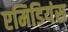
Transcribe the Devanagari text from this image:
एमिडियंस